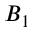
B _ { 1 }